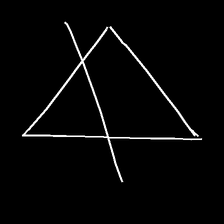
Glyph: empower